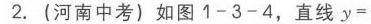
1. \(-\frac{\sqrt{5}}{2}\)的倒数是\(\underline{\quad\quad}\).